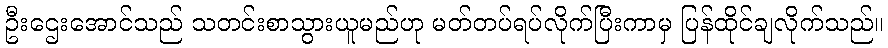
ဦးဌေးအောင်သည် သတင်းစာသွားယူမည်ဟု မတ်တပ်ရပ်လိုက်ပြီးကာမှ ပြန်ထိုင်ချလိုက်သည်။